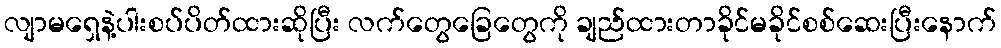
လျာမရှေနဲ့ပါးစပ်ပိတ်ထားဆိုပြီး လက်တွေခြေတွေကို ချည်ထားတာခိုင်မခိုင်စစ်ဆေးပြီးနောက်